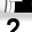
Digit: 2